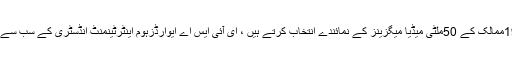
اس انعام کے لئے یورپ بھر کے 19ممالک کے 50ملٹی میڈیا میگزینز کے نمائندے انتخاب کرتے ہیں ، ای آئی ایس اے ایوارڈزہوم اینٹرٹینمنٹ انڈسٹری کے سب سے پر وقار ایوارڈز میں سے ایک ہیں ۔